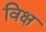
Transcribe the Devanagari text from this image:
विक्ष